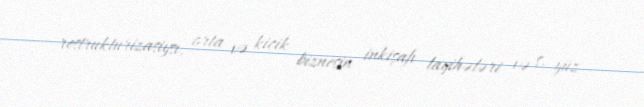
restrukturizasiysı, orta və kiçik biznesin inkişafı layihələri və s. yüz